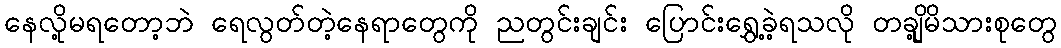
နေလို့မရတော့ဘဲ ရေလွတ်တဲ့နေရာတွေကို ညတွင်းချင်း ပြောင်းရွှေ့ခဲ့ရသလို တချို့မိသားစုတွေ